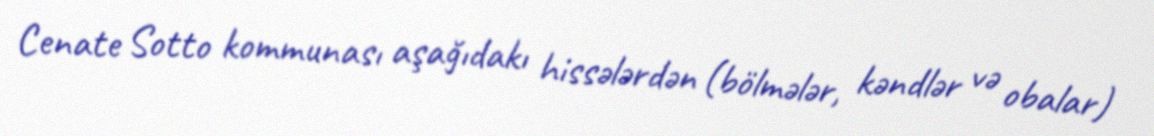
Cenate Sotto kommunası aşağıdakı hissələrdən (bölmələr, kəndlər və obalar)